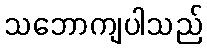
သဘောကျပါသည်